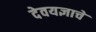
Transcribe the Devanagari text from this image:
देवयज्ञाचे